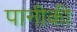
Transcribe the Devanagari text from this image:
पानीकी